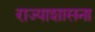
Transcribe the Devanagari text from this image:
राज्याशासना